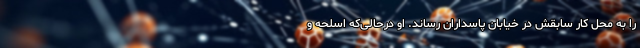
را به محل کار سابقش در خیابان پاسداران رساند. او درحالی‌که اسلحه و